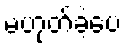
မဟုတ်ခဲ့ပေ